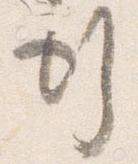
行